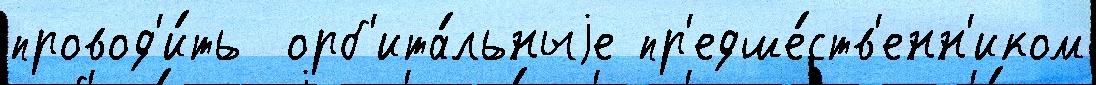
провод'и́ть  орб'ита́льныjе пр'едше́ств'енн'иком